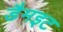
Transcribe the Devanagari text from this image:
डैमइट